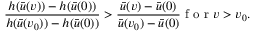
\frac { h ( \bar { u } ( v ) ) - h ( \bar { u } ( 0 ) ) } { h ( \bar { u } ( v _ { 0 } ) ) - h ( \bar { u } ( 0 ) ) } > \frac { \bar { u } ( v ) - \bar { u } ( 0 ) } { \bar { u } ( v _ { 0 } ) - \bar { u } ( 0 ) } \mathrm { ~ f ~ o ~ r ~ } v > v _ { 0 } .